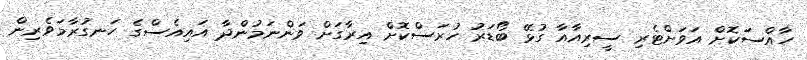
ހާއްސަކޮށް އަވަށްޓެރި ސީރިއާއާ ގުޅޭ ބޯޑަރު ހުރަސްކޮށް އިރާގަށް ވަންނަމުންދާ އައިއެސްގެ ހަނގުރާމަވެރިން